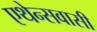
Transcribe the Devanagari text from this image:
एथेन्सवासी